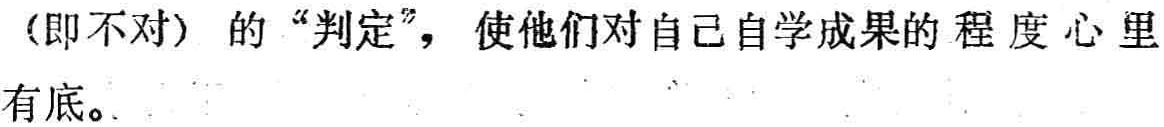
（即不对）的“判定”，使他们对自己自学成果的程度心里有底。